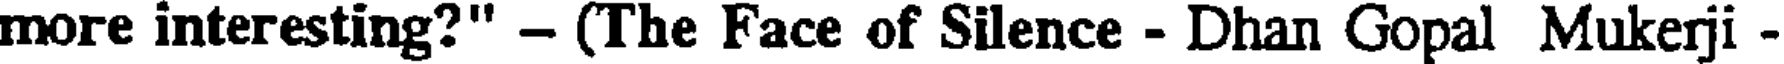
more interesting?" - (The Face of Silence - Dhan Gopal Mukerji -